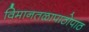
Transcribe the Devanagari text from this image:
विमानतळापाठोपाठ